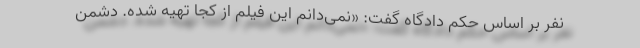
نفر بر اساس حکم دادگاه گفت: «نمی‌دانم این فیلم از کجا تهیه شده. دشمن